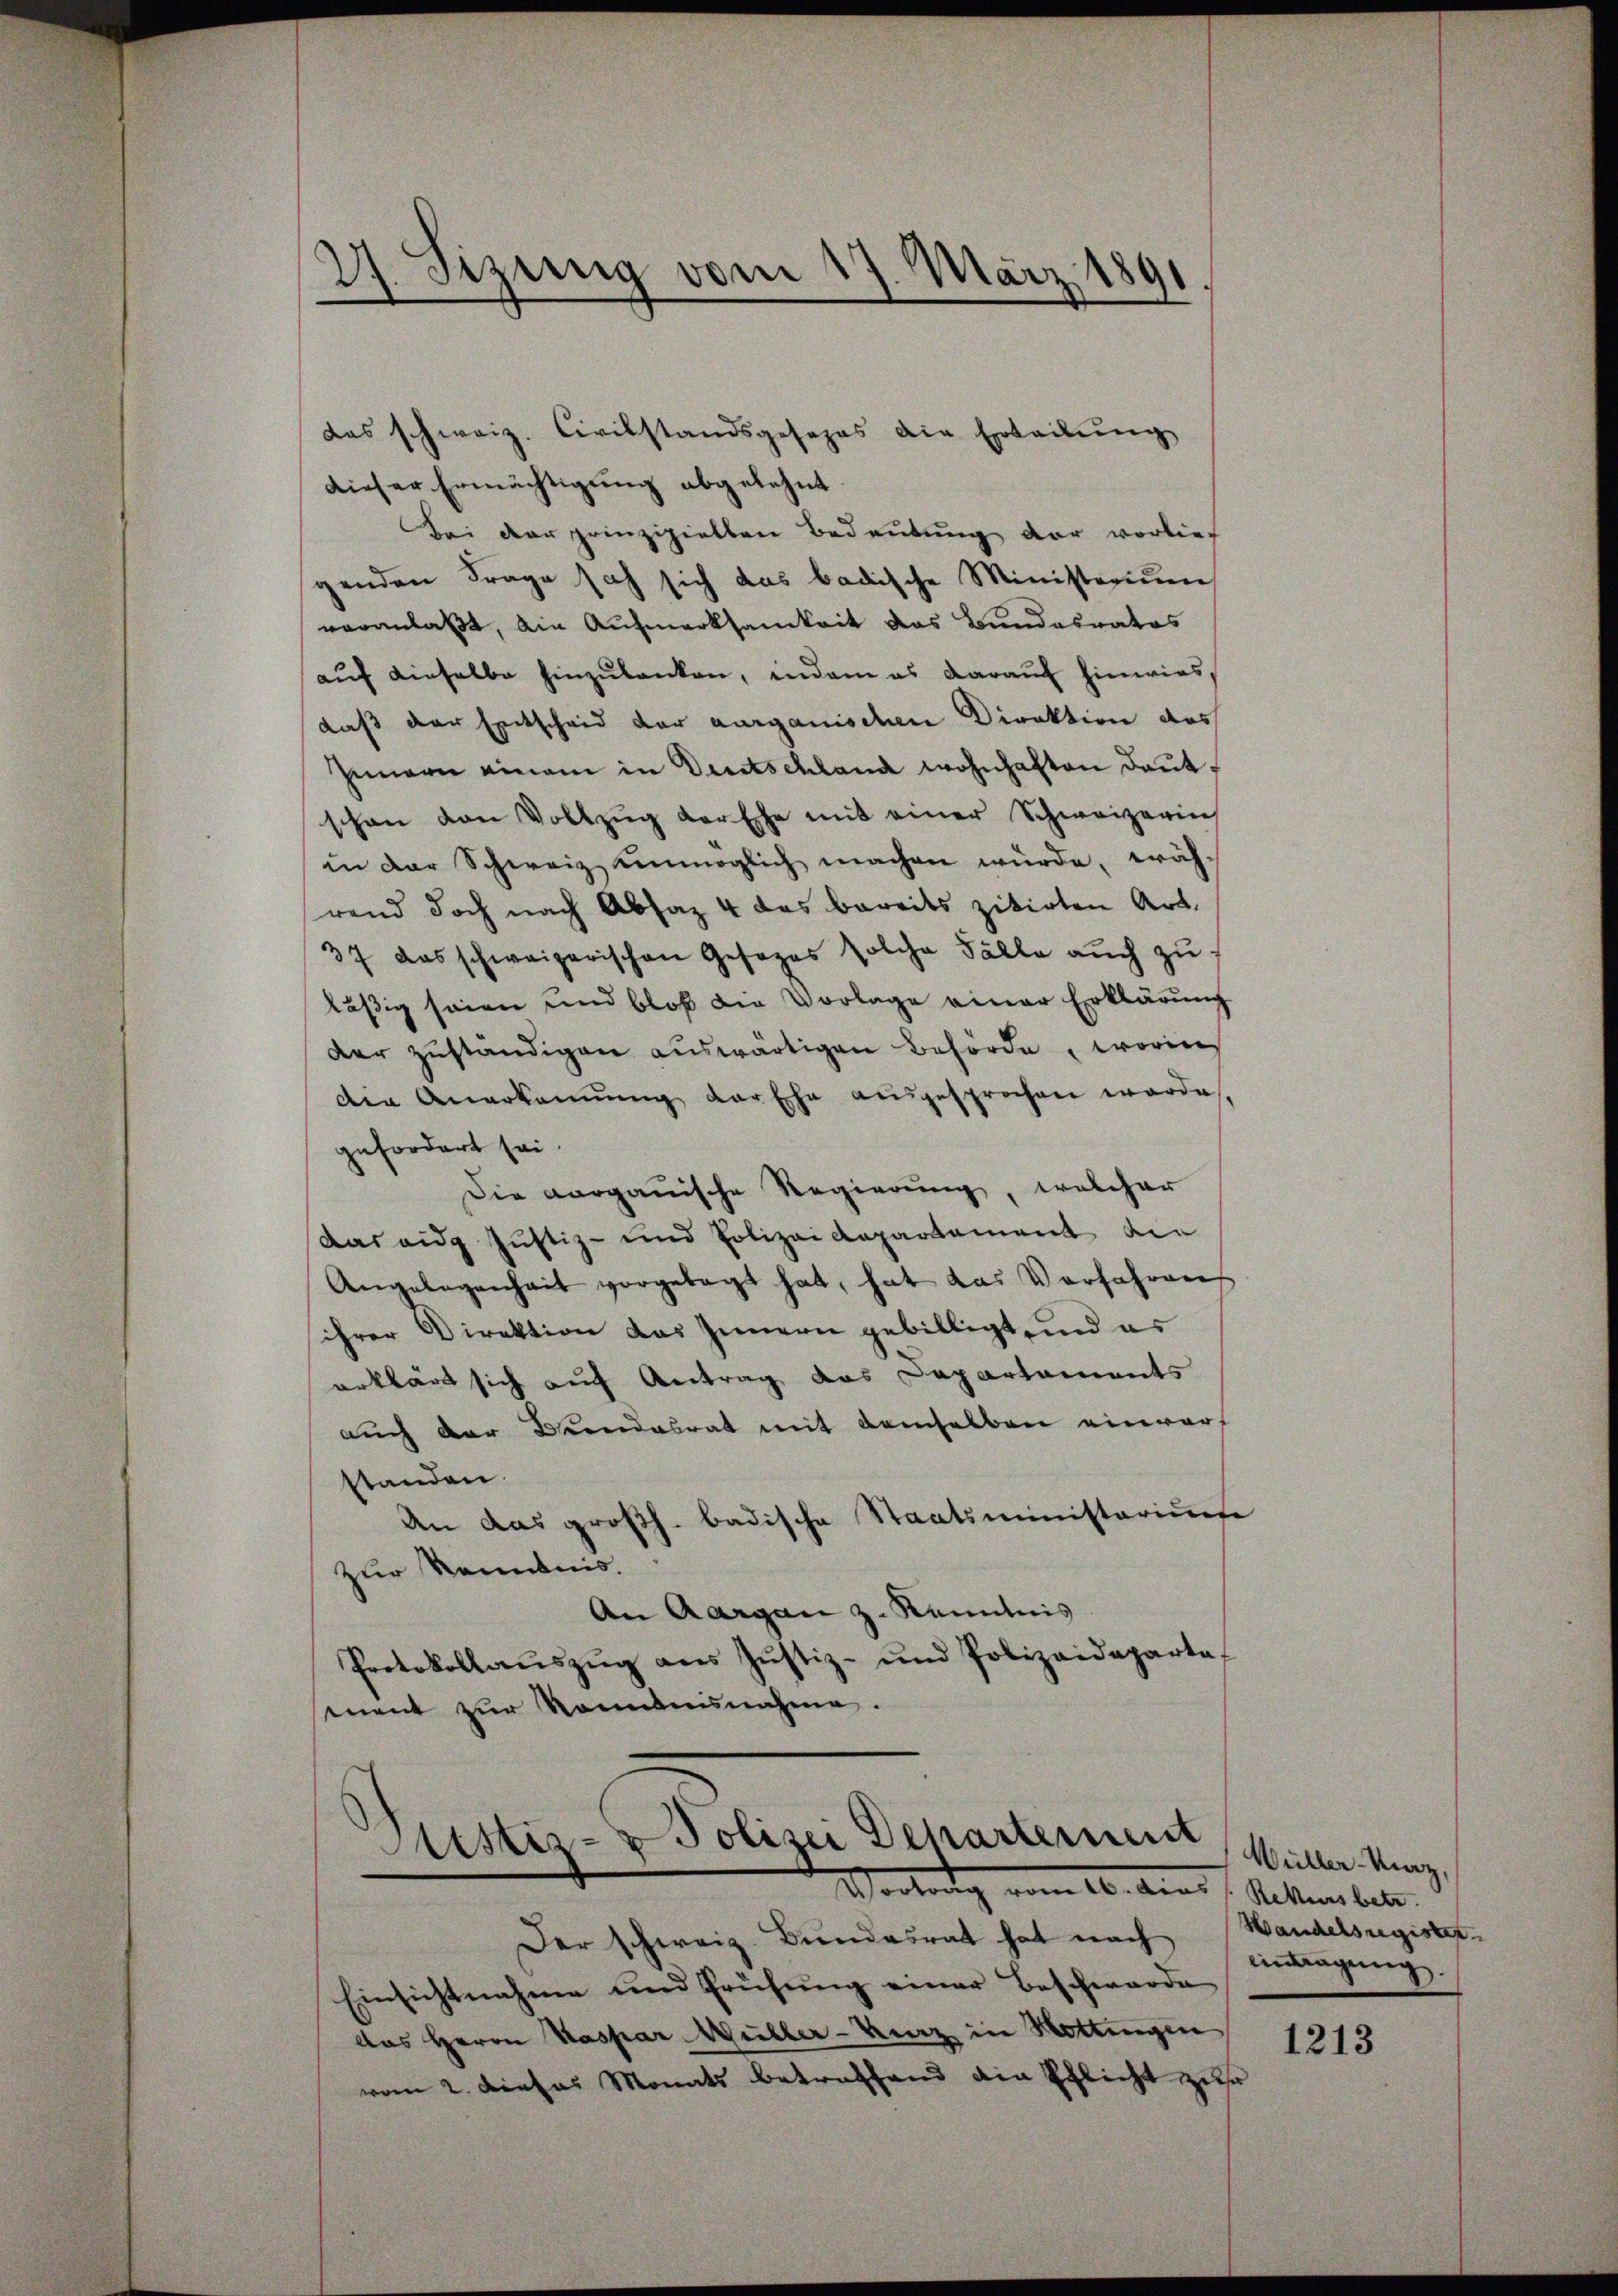
21. Sizung vom 17. März 1891.

das schweiz. Civilstandsgesezes die Erteilŭng
dieser Ermächtigung abgelehnt.
Bei der prinzipielten Bedeutung der vorlief
genden Frage sich sich das badische Ministerium
veranlaßt, ain Aufmerksamkeit das Bundesratos
aŭf dieselbe hinzulanken, indem es darauf hinwiesdaß der Entscheid der aargauischen Direktion des
Innern einem in Deutschland wohnhaften deutschon den Vollzŭg der Ehe mit einer Schweizerin
in der Schweiz unmöglich machen würde, während doch nach Absaz 4 das bereits zitirten Art.
37 das schweizerischen Gesezes solche Fälle aŭch zu
läßig seien und bloß die Vorlage einer Erklärung
der zuständigen auswärtigen Behörde, worins
den Anerkennung der Ehe ausgesprochen werde
gefordert sei.
Die aargauische Regierung, welcher
das eidg Justiz- und Polizei Kapartement die
Angelegenheit vorgelegt hat, hat das Verfahren
ihrer Direktion das Innern gebilligt, und es
erklärt sich auf Antrag das Departaments
auch der Beendesrat mit demselben einverstanden.
An das großh. badische Staatsministariums
zur Kenntnis.
An Aargau z. Kenntnis
Protokollaŭszŭg ans Jŭstiz- und Polizeideparta
ment zur Renntnisnahme.

.
Sistiz- & Polizei Departement
Vortrag vom 16. Aug. l. Stettens betr.

Der schweiz. Bundesrat hat nach Wandelsregister-
Einsichtnahme und Frühŭng einer Beschwärde
das Herrn Kaspar Müller-Kunz in Hottingen
vom 2. dieses Monats betreffend ain schlicht zur

Wüller Marz,
eintragung.

1213